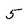
Character: 5